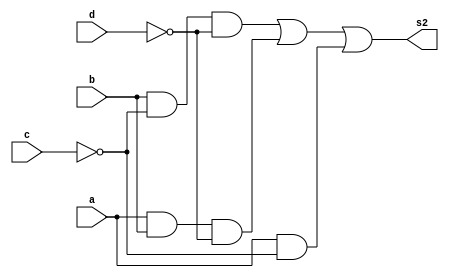
/*
-------------------------------------
PUC-Minas - Cincia da Computao 
ARQ1  Extra01
Entrega: 30/09/2011
Mateus Augusto Moraes Ferreira   Matricula:435669
------------------------------------- 
Atividade: Correao Prova de ARQ1 
------------------------------------------------
j.) montar a descrio por portas do Verilog do 
mdulo capaz de calcular s2 pela expresso em (d)
------------------------------------------------
*/

module LetraJ (output s2, input a, input b,
               input c, input d);


wire cnot,dnot;
wire w1,w2,w3,w4,w5;
wire s1;


not not1 (cnot,c);
not not2 (dnot,d);

and and1 (w1,b,cnot);
and and2 (w2,w1,dnot);
and and3 (w3,a,b);
and and4 (w4,w3,dnot);
and and5 (w5,a,cnot);

or or1 (s1,w2,w4);
or	or2 (s2,s1,w5);

endmodule//LetraJ

module LetraJ_Test;

reg a,b,c,d;
wire s2;

LetraJ teste1 (s2,a,b,c,d);

initial begin
$display("Correcao Prova ARQ1 - Letra j.)");
$display("Mateus Augusto Moraes Ferreira Matricula:435669");
$display("ab/cd  s2");
a=0; b=0; c=0; d=0;//--0
$monitor("%b%b %b%b  %b",a,b,c,d,s2);
#1 a=0; b=0; c=0; d=1;//--1
#1 a=0; b=0; c=1; d=0;//--2
#1 a=0; b=0; c=1; d=1;//--3
#1 a=0; b=1; c=0; d=0;//--4
#1 a=0; b=1; c=0; d=1;//--5
#1 a=0; b=1; c=1; d=0;//--6
#1 a=0; b=1; c=1; d=1;//--7
#1 a=1; b=0; c=0; d=0;//--8
#1 a=1; b=0; c=0; d=1;//--9
#1 a=1; b=0; c=1; d=0;//--10
#1 a=1; b=0; c=1; d=1;//--11
#1 a=1; b=1; c=0; d=0;//--12
#1 a=1; b=1; c=0; d=1;//--13
#1 a=1; b=1; c=1; d=0;//--14
#1 a=1; b=1; c=1; d=1;//--15

end
endmodule//LetraJ_Test